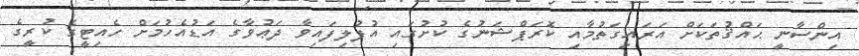
އިންސާނީ ޙައްޤުތަކަށް އަރައިގަތުމާއި ކޮރަޕްޝަނުގެ ކުށުގައި އުފުލިފައިވާ ދަޢުވާގެ އަޑުއެހުމަށް ހެއިޓީގެ ކުރީގެ